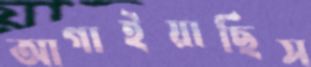
আগাইয়াছিস